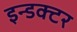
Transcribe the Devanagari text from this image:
इन्डक्टर